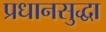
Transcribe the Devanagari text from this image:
प्रधानसुद्धा